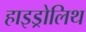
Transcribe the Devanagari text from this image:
हाइड्रोलिथ